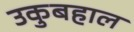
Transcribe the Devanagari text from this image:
उकुबहाल